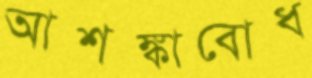
আশঙ্কাবোধ